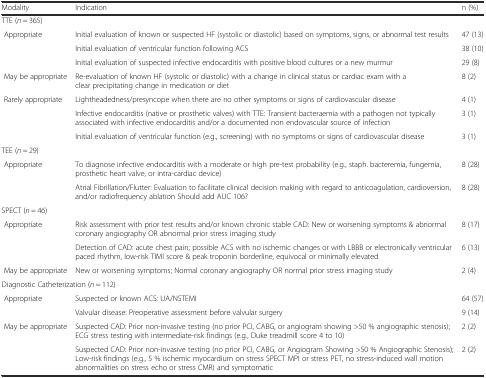
| Modality | Indication | n (%) |
 | --- | --- | --- |
 | <COLSPAN=2> TTE (n = 365) |  |
 | Appropriate | Initial evaluation of known or suspected HF (systolic or diastolic) based on symptoms, signs, or abnormal test results | 47 (13) |
 |  | Initial evaluation of ventricular function following ACS | 38 (10) |
 |  | Initial evaluation of suspected infective endocarditis with positive blood cultures or a new murmur | 29 (8) |
 | May be appropriate | Re-evaluation of known HF (systolic or diastolic) with a change in clinical status or cardiac exam with a clear precipitating change in medication or diet | 8 (2) |
 | Rarely appropriate | Lightheadedness/presyncope when there are no other symptoms or signs of cardiovascular disease | 4 (1) |
 |  | Infective endocarditis (native or prosthetic valves) with TTE: Transient bacteraemia with a pathogen not typically associated with infective endocarditis and/or a documented non endovascular source of infection | 3 (1) |
 |  | Initial evaluation of ventricular function (e.g., screening) with no symptoms or signs of cardiovascular disease | 3 (1) |
 | <COLSPAN=2> TEE (n = 29) |  |
 | Appropriate | To diagnose infective endocarditis with a moderate or high pre-test probability (e.g., staph. bacteremia, fungemia, prosthetic heart valve, or intra-cardiac device) | 8 (28) |
 |  | Atrial Fibrillation/Flutter: Evaluation to facilitate clinical decision making with regard to anticoagulation, cardioversion, and/or radiofrequency ablation Should add AUC 106? | 8 (28) |
 | <COLSPAN=2> SPECT (n = 46) |  |
 | Appropriate | Risk assessment with prior test results and/or known chronic stable CAD: New or worsening symptoms & abnormal coronary angiography OR abnormal prior stress imaging study | 8 (17) |
 |  | Detection of CAD: acute chest pain; possible ACS with no ischemic changes or with LBBB or electronically ventricular paced rhythm, low-risk TIMI score & peak troponin borderline, equivocal or minimally elevated | 6 (13) |
 | May be appropriate | New or worsening symptoms; Normal coronary angiography OR normal prior stress imaging study | 2 (4) |
 | <COLSPAN=2> Diagnostic Catheterization (n = 112) |  |
 | Appropriate | Suspected or known ACS: UA/NSTEMI | 64 (57) |
 |  | Valvular disease: Preoperative assessment before valvular surgery | 9 (14) |
 | May be appropriate | Suspected CAD: Prior non-invasive testing (no prior PCI, CABG, or angiogram showing >50 % angiographic stenosis); ECG stress testing with intermediate-risk findings (e.g., Duke treadmill score 4 to 10) | 2 (2) |
 |  | Suspected CAD: Prior non-invasive testing (no prior PCI, CABG, or Angiogram Showing >50 % Angiographic Stenosis); Low-risk findings (e.g., 5 % ischemic myocardium on stress SPECT MPI or stress PET, no stress-induced wall motion abnormalities on stress echo or stress CMR) and symptomatic | 2 (2) |